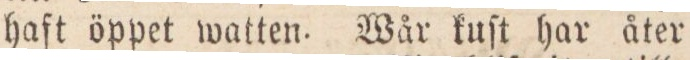
haft öppet watten. Wår kuſt har åter